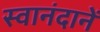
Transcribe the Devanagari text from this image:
स्वानंदानें